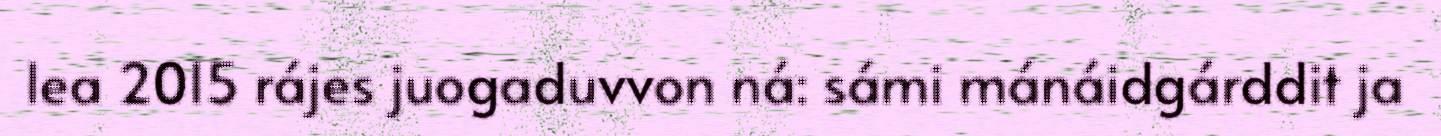
lea 2015 rájes juogaduvvon ná: sámi mánáidgárddit ja